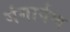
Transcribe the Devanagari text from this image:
गंगार्पण